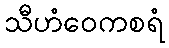
သီဟံဝေကစရံ